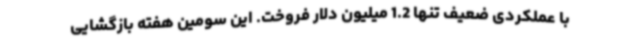
با عملکردی ضعیف تنها 1.2 میلیون دلار فروخت. این سومین هفته بازگشایی